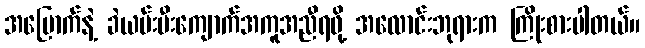
အမြောက်နဲ့ ခဲယမ်းမီးကျောက်အကူအညီရဖို့ အလောင်းဘုရားက ကြိုးစားပါတယ်။